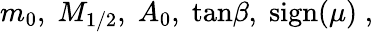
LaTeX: m_{0},\; M_{1/2},\; A_{0},\; \mathrm{tan}\beta,\; \mathrm{sign}(\mu)\; ,